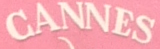
CANNES